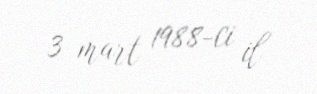
3 mart 1988-ci il